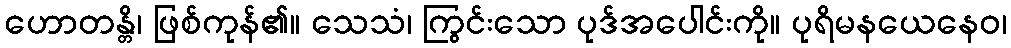
ဟောတန္တိ၊ ဖြစ်ကုန်၏။ သေသံ၊ ကြွင်းသော ပုဒ်အပေါင်းကို။ ပုရိမနယေနေဝ၊